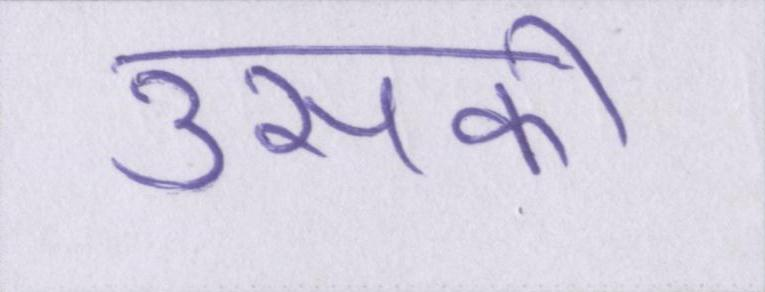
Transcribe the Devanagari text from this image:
उसकी